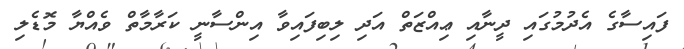
ފައިސާގެ އެދުމުގައި ދީނާއި ޢިއްޒަތް އަދި ލިބިފައިވާ އިންސާނީ ކަރާމާތް ވެއްޔާ މޮޑެލި